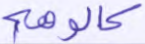
كالوهم